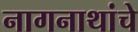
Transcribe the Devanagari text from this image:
नागनाथांचे